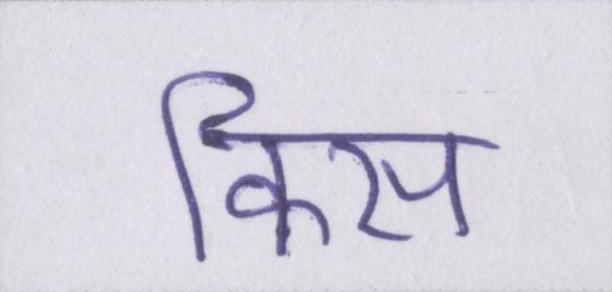
किस